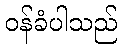
ဝန်ခံပါသည်